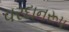
વરદાનરૂપ